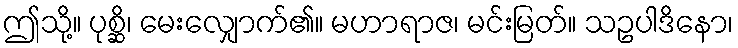
ဤသို့။ ပုစ္ဆိ၊ မေးလျှောက်၏။ မဟာရာဇ၊ မင်းမြတ်။ သဥပါဒိနော၊